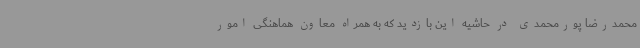
محمدرضا پورمحمدی در حاشیه این بازدید که به همراه معاون هماهنگی امور